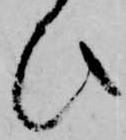
ひ